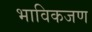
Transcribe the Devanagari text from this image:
भाविकजण